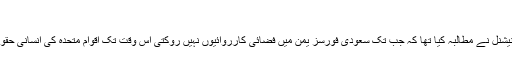
‘‘
رواں سال جون میں ہیومن رائٹس واچ اور ایمنسٹی انٹرنیشنل نے مطالبہ کیا تھا کہ جب تک سعودی فورسز یمن میں فضائی کارروائیوں نہیں روکتی اس وقت تک اقوام متحدہ کی انسانی حقوق کی کونسل سے اس کی رکنیت معطل کر دی جائے۔